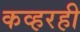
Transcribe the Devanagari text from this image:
कव्हरही